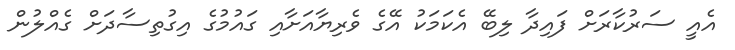
އެއީ ސަރުކާރަށް ފައިދާ ލިބޭ އެކަމަކު އޭގެ ވެރިޔާއަށާއި ގައުމުގެ އިގުތިސާދަށް ގެއްލުން